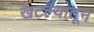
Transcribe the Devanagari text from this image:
खटल्यातून